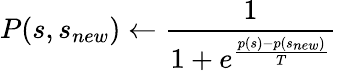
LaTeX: P(s,s_{new})\leftarrow\frac{1}{1+e^{\frac{p(s)-p(s_{new})}{T}}}